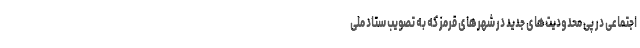
اجتماعی در پی محدودیت‌های جدید در شهرهای قرمز که به تصویب ستاد ملی